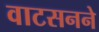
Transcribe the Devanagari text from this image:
वाटसनने